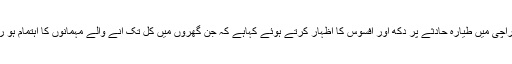
23 مئی2020ء) پاکستان کرکٹ ٹیم کے سابق کپتان اور اسٹار آل رائونڈر شاہد آفریدی نے کراچی میں طیارہ حادثے پر دکھ اور افسوس کا اظہار کرتے ہوئے کہاہے کہ جن گھروں میں کل تک آنے والے مہمانوں کا اہتمام ہو رہا تھا، اب وہاں جانے والوں کی تدفین کا انتظام ہو رہا ہے، انسان کی حقیقت بس اتنی سی ہے۔